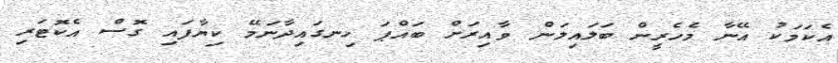
އެކަމަކު އޭނާ މެހެރީން ބަލައިލަން ވާއިރަށް ބައްޕަ ހިނގައިދާނަމޭ ކިޔާފައި ގޮސް އެކޮޓަރި